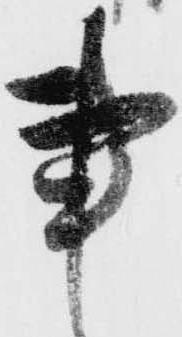
事